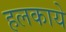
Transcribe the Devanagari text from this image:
हलकाये